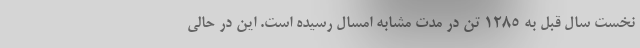
نخست سال قبل به ۱۲۸۵ تن در مدت مشابه امسال رسیده است. این در حالی